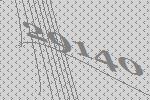
29140